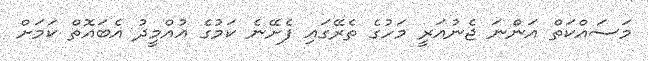
މަސައްކަތް އަންނަ ޖެނުއަރީ މަހުގެ ތެރޭގައި ފެށޭނެ ކަމުގެ އުއްމީދު އެބައޮތް ކަމަށް